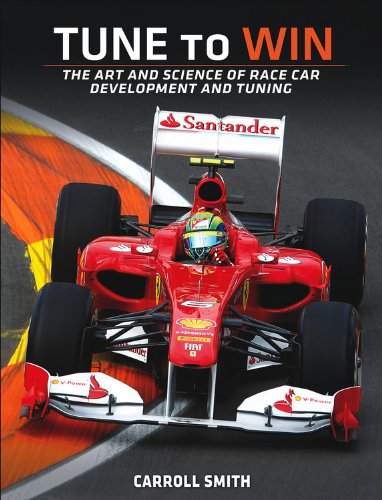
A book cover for Tune to Win: The art and science of race car development and tuning; Carroll Smith; Engineering & Transportation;